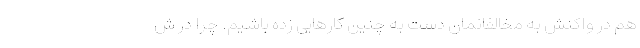
هم در واکنش به مخالفانمان دست به چنین کارهایی زده باشیم. چرا در ش